Vaccination North-Western Provinces 1866-1877 - 1866-1877
Year: 1866
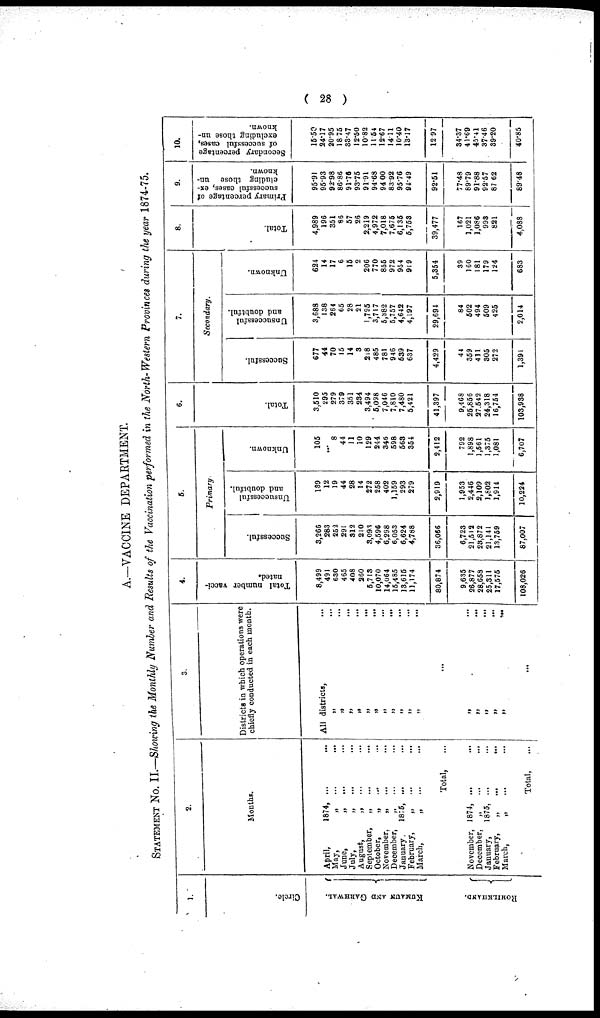
( 28 )
A.—VACCINE DEPARTMENT.
STATEMENT No. II.—Showing the Monthly Number and Results of the Vaccination performed in the North-Western Provinces during the year 1874-75.
1.
Ci r cl e.
KUMAUN AND GARHWAL.
ROHILKHAND
2.
Months.
April, 1874, ... ...
May, „ ... ...
June, „ ... ...
July, „ ... ...
August, „ ... ...
September, „ ... ...
Octomber, „ ... ...
November, „ ... ...
December, „ ... ...
January, 1875, ... ...
February, „ ... ...
March,
„
...
...
Total,
...
November, 1874, ... ...
December, „ ... ...
January, 1875 ... ...
February, „ ... ...
March, „ ... ...
Total,
...
3.
Districts in which operations were
chiefly conducted in each month.
All districts, ...
„ ...
„ ...
„ ...
„ ...
„ ...
„ ...
„ ...
„ ...
„ ...
„ ...
„ ...
...
„ ...
„ ...
„ ...
„ ...
„ ...
...
4.
Total number vacci-
nated.
8,499
491
630
465
408
260
5,713
10,070
14,064
15,485
18,615
11,174
80,874
9,635
26,877
28,658
25,311
17,575
108,026
5.
Primary
Successful.
3,266
283
252
291
312
210
3,093
4,596
6,298
6,053
6,624
4,788
36,066
6,723
21,512
23,872
21,141
13,759
87,007
Unsuccessful
and doubtful.
139
12
19
44
28
14
272
258
402
1,159
293
279
2,919
1,953
2,446
2,109
1,802
1,914
10,224
Unknown.
105
... 8
44
11
10
129
244
346
598
563
354
2,412
792
1,898
1,561
1,375
1,081
6,707
6.
Tot al .
3,510
295
279
379
351
234
3,494
5,098
7,046
7,810
7,480
5,421
41,397
9,468
25,856
27,542
24,318
16,754
103,938
7.
Secondary.
Successful.
677
44
70
15
14
3
218
485
781
946
639
637
4,429
44
359
411
305
272
1,391
Unsuccessful
and doubtful.
3,688
138
264
65
28
21
1,795
3,717
5,382
5,757
4,642
4,197
29,694
84
502
494
509
425
2,014
Unknown.
624
14
17
6
15
2
206
770
855
972
954
919
5,354
39
160
181
179
124
683
8.
Total
4,989
196
351
86
57
26
2,219
4,972
7,018
7,675
6,135
6,753
39,477
167
1,021
1,086
993
821
4,088
9.
Primary percentage of
successful cases, ex-
cluding those un-
known.
95.91
95.93
92.98
86.86
91.78
93.75
91.91
94.68
94.00
83.92
95.76
94.49
92.51
77.48
89.79
91.88
92.57
87.62
89.48
10.
Secondary percentage
of successful cases,
excluding those un-
known.
15.50
24.17
20.95
18.75
33.47
12.50
10.82
11.54
12.67
14.11
10.40
13.17
12.97
34.37
41.69
45.41
37.46
39.20
40.85